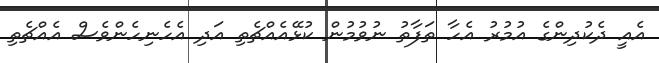
އެއީ ދެކުދިންގެ އުމުރު އެހާ ތަފާތު ނުވުމުން ކުޅޭއެއްޗެތި އަދި އެހެނިހެންވެސް އެއްޗެތި